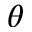
\theta